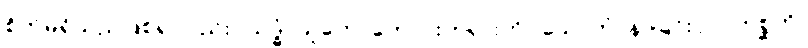
စိတ်မရှိသည်ဖြစ်၍လည်း။ သဒ္ဓံ၊ သူတော်ကောင်းတရားကို။ သောတုံ၊ နာခြင်းငှာ။ ဣစ္ဆတိ၊